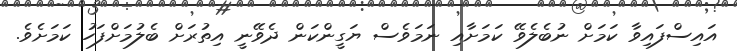
އައިސްފައިވާ ކަމަށް ނުބެލެވޭ ކަމަށާއި ނަމަވެސް ޔަގީންކަން ދެވޭނީ އިތުރަށް ބެލުމަށްފަހު ކަމަށެވެ.